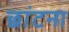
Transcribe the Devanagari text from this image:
छांटना